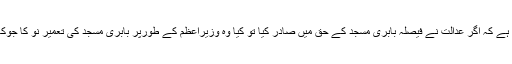
بنیادی سوال یہ ہے کہ اگر عدالت نے فیصلہ بابری مسجد کے حق میں صادر کیا تو کیا وہ وزیراعظم کے طورپر بابری مسجد کی تعمیر نو کا جوکھم اٹھائیں گے؟